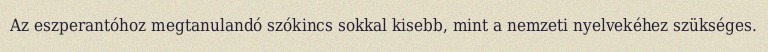
Az eszperantóhoz megtanulandó szókincs sokkal kisebb, mint a nemzeti nyelvekéhez szükséges.